Alphabetical list of drugs, medicines and other preparations free from, and containing, spirit compiled from the results of tests made by the customs houses at Calcutta, Bombay, and Madras
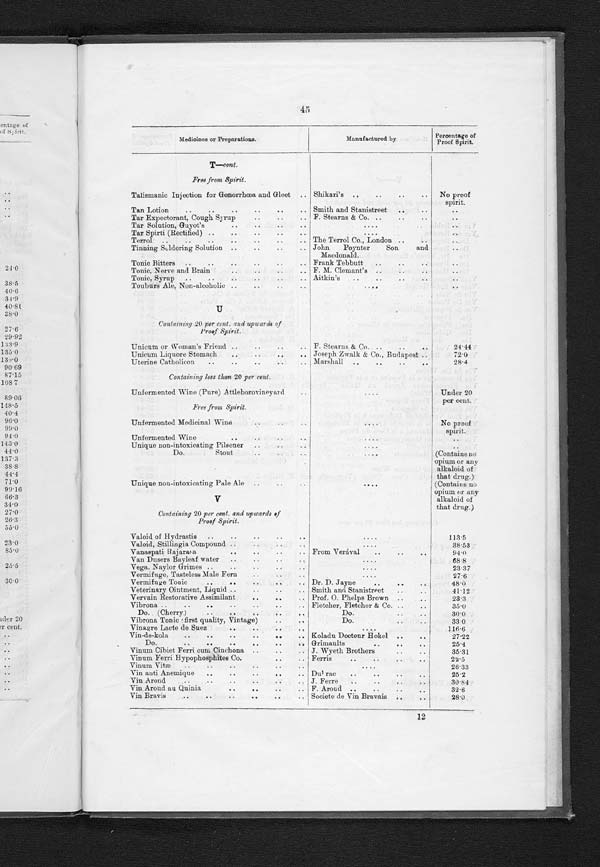
45
Medicines or Preparations.
Manufactured by
Percentage of
Proof Spirit.
T— cont.
Free from Spirit.
Talismanic Injection for Gonorrhœa and Gleet . . .
Shikari's . . .
No proof
spirit.
Tan Lotion . . .
Smith and Stanistreet . . .
. . .
Tar Expectorant, Cough Syrup . . .
F. Stearns & Co. . . .
. . .
Tar Solution, Guyot's . . .
. . .
. . .
Tar Spirti (Rectified) . . .
. . .
. . .
Terrol . . .
The Terrol Co., London . . .
. . .
Tinning Soldering Solution . . .
John Poynter Son and
Macdonald . . .
. . .
Tonic Bitters . . .
Frank Tebbutt . . .
. . .
Tonic, Nerve and Brain . . .
F. M. Clemant's . . .
. . .
Tonic, Syrup . . .
Aitkin's . . .
. . .
Touburs Ale, Non-alcoholic . . .
. . .
. . .
U
Containing 20 per cent. and upwards of
Proof Spirit.
Unicum or Woman's Friend . . .
F. Stearns & Co. . . .
24.44
Unicum Liquore Stomach . . .
Joseph Zwalk & Co., Budapest . . .
72.0
Uterine Catholicon . . .
Marshall . . .
28.4
Containing less than 20 per cent.
Under 20
per cent.
Unfermented Wine (Pure) Attleborovineyard
Free from Spirit.
Unfermented Medicinal Wine . . .
. . .
No proof
spirit.
Unfermented Wine . . .
. . .
. . .
Unique non-intoxicating Pilsener . . .
. . .
. . .
Do. Stout . . .
. . .
(Contains no
opium or any
alkaloid of
that drug.)
Unique non-intoxicating Pale Ale . . .
. . .
(Contains
no opium or an
y alkaloid of
that drug.)
V
Containing 20 per cent. and upwards of
Proof Spirit.
Valoid of Hydrastis . . .
. . .
113.5
Valoid, Stillingia Compound . . .
. . .
38.53
Vanaspati Rajarasa . . .
From Verácal . . .
9 4 . 0
Van Dusers Bayleaf water . . .
. . .
68.8
Vega. Naylor Grimes . . .
. . .
23.37
Vermifuge, Tasteless Male Fern . . .
. . .
27.6
Vermifuge Tonic . . .
Dr. D. Jayne . . .
48.0
Veterinary Ointment, Liquid . . .
Smith and Stanistreet . . .
41.12
Vervain Restorative Assimilant . . .
Prof. O. Phelps Brown . . .
23.3
Vibrona . . .
Fletcher, Fletcher & Co. . . .
35.0
Do. (Cherry) . . .
Do. . . .
30.0
Vibrona Tonic (first quality, Vintage) . . .
Do. . . .
33.0
Vinagre Lacte de Suez . . .
. . .
116.6
Vin-de-kola . . .
Koladu Docteur H okel . . .
27.22
Do.
.
.
.
Grimaults . . .
25.4
Vinum Cibiet Ferri cum Cinchona . . .
J. Wyeth Brothers . . .
35.31
Vinum Ferri Hypophosphites Co. . . .
Ferris . . .
22.5
Vinum Vitæ . . .
. . .
26.33
V i n a n t i A n e m i q u e . . .
Du<illegible>rac . . .
25.2
Vin Arond . . .
J. Ferre . . .
30.84
Vin Aroud au Quinia . . .
F. Aroud . . .
32.6
Vin
Bravis
.
.
.
Societe de Vin Bravais . . .
28.0
12